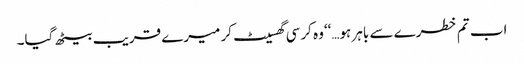
اب تم خطرے سے باہر ہو…‘‘وہ کرسی گھسیٹ کر میرے قریب بیٹھ گیا۔